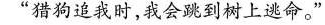
”猎狗追我时，我会跳到树上逃命。”